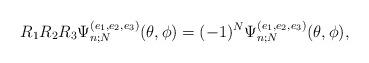
LaTeX: \begin{align*}R_1R_2R_3 \Psi_{n;N}^{(e_1,e_2,e_3)}(\theta,\phi)=(-1)^{N}\Psi_{n;N}^{(e_1,e_2,e_3)}(\theta,\phi),\end{align*}